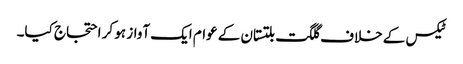
ٹیکس کے خلاف گلگت بلتستان کے عوام ایک آواز ہو کر احتجاج کیا۔